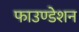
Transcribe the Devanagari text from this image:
फाउण्‍डेशन